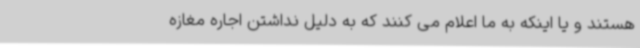
هستند و یا اینکه به ما اعلام می کنند که به دلیل نداشتن اجاره مغازه